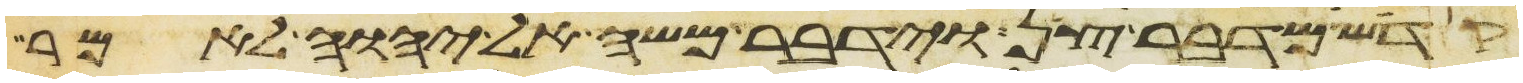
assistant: קדש מדבר צן וידבר משה אל יהוה לאמר